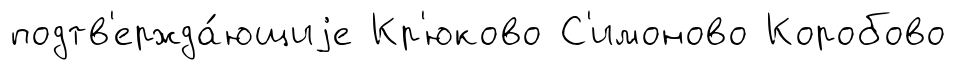
подтв'ержда́ющиjе Кр'юково С'имоново Коробово